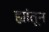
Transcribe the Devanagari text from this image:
ह्यांतून